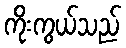
ကိုးကွယ်သည်